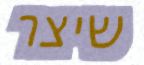
שיצר